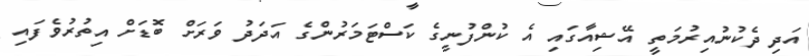
އަދި ދެކުނުއިރުމަތީ އޭޝިއާގައި އެ ކުންފުނީގެ ކަސްޓަމަރުންގެ އަދަދު ވަރަށް ބޮޑަށް އިތުރުވެފައި